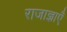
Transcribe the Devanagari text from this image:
राजाज्ञाएँ